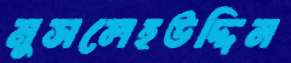
মুসলেহউদ্দিন